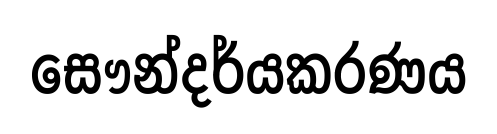
සෞන්දර්යකරණය